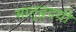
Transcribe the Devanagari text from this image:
मातृहृदयी